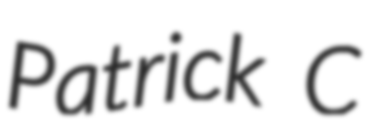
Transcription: Patrick C